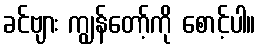
ခင်ဗျား ကျွန်တော့်ကို စောင့်ပါ။